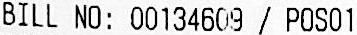
BILL NO: 00134609 / POS01